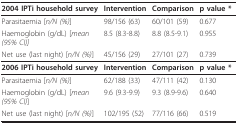
<table><thead><tr><td><b>2004 IPTi household survey</b></td><td><b>Intervention</b></td><td><b>Comparison</b></td><td><b>p value *</b></td></tr></thead><tbody><tr><td>Parasitaemia [<i>n/N (%)</i>]</td><td>98/156 (63)</td><td>60/101 (59)</td><td>0.677</td></tr><tr><td>Haemoglobin (g/dL) [<i>mean (95% CI)]</i></td><td>8.5 (8.3-8.8)</td><td>8.8 (8.5-9.1)</td><td>0.955</td></tr><tr><td>Net use (last night) [<i>n/N (%)</i>]</td><td>45/156 (29)</td><td>27/101 (27)</td><td>0.739</td></tr><tr><td><b>2006 IPTi household survey</b></td><td><b>Intervention</b></td><td><b>Comparison</b></td><td><b>p value *</b></td></tr><tr><td>Parasitaemia [<i>n/N (%)</i>]</td><td>62/188 (33)</td><td>47/111 (42)</td><td>0.130</td></tr><tr><td>Haemoglobin (g/dL) [<i>mean (95% CI)</i>]</td><td>9.6 (9.3-9.9)</td><td>9.3 (8.9-9.6)</td><td>0.640</td></tr><tr><td>Net use (last night) [<i>n/N (%)</i>]</td><td>102/195 (52)</td><td>77/116 (66)</td><td>0.519</td></tr></tbody></table>